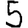
Digit: 5